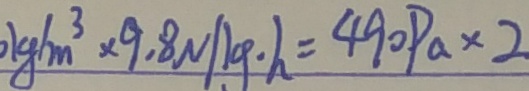
0 k g / m ^ { 3 } \times 9 . 8 N / k g \cdot h = 4 9 0 P a \times 2